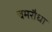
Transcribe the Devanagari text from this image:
चमरौधा